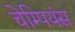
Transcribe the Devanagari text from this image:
चेम्पियंस